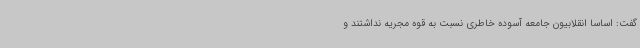
گفت: اساسا انقلابیون جامعه آسوده خاطری نسبت به قوه مجریه نداشتند و